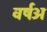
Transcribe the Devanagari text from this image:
वर्षअ